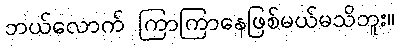
ဘယ်လောက် ကြာကြာနေဖြစ်မယ်မသိဘူး။